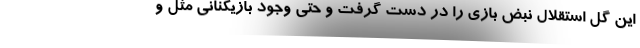
این گل استقلال نبض بازی را در دست گرفت و حتی وجود بازیکنانی مثل و